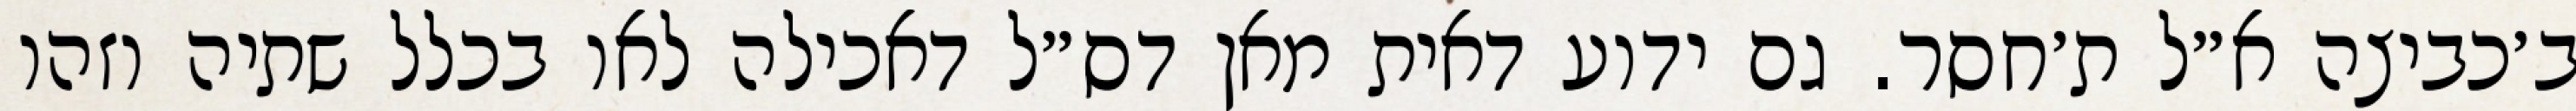
ב׳כביצה א״ל ת׳חסר. גם ידוע דאית מאן דס״ל דאכילה לאו בכלל שתיה וזהו